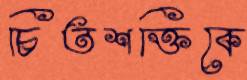
চিতশক্তিকে